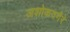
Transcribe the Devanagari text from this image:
अशोकवगैरे